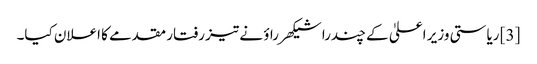
[3] ریاستی وزیر اعلیٰ کے چندرا شیکھر راؤ نے تیز رفتار مقدمے کا اعلان کیا۔